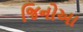
જિનોઆ